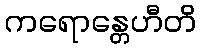
ကရောန္တေဟီတိ